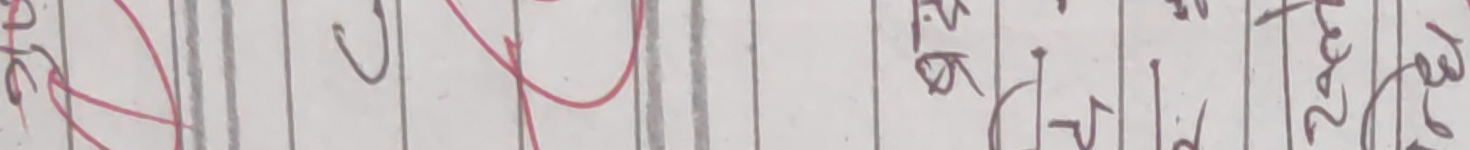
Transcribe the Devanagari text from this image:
ले.२७।२०३२